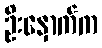
ဦးနှောက်က